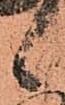
候